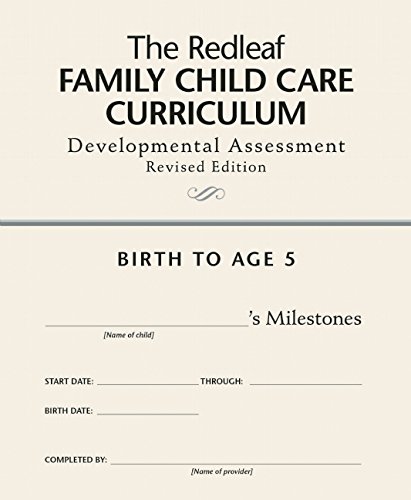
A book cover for The Redleaf Family Child Care Curriculum Developmental Assessment; Redleaf Press; Parenting & Relationships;